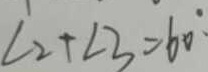
\angle 2 + \angle 3 = 6 0 ^ { \circ }